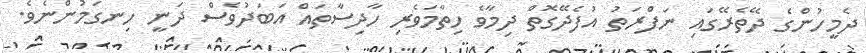
ދެމީހުންގެ ދޭތެރޭގައި ނަފްރަތު އުފެދޭގޮތް ދިމާވެ ހިތާމަވެރި ހާދިސާތައް އަބަދުވެސް ދަނީ ހިނގަމުންނެވެ.